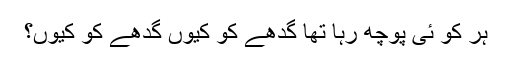
ہر کو ئی پوچھ رہا تھا گدھے کو کیوں گدھے کو کیوں؟